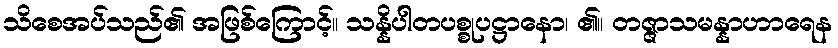
သိစေအပ်သည်၏ အဖြစ်ကြောင့်။ သန္နိပါတပစ္စုပဋ္ဌာနော၊ ၏။ တဇ္ဇာသမန္နာဟာရေန